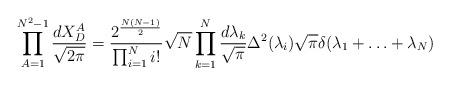
LaTeX: \begin{align*}\prod_{A=1}^{N^2-1} \frac{d X^A_D}{\sqrt{2 \pi}}=\frac{2^{\frac{N(N-1)}{2}}}{\prod_{i=1}^{N} i!} \sqrt{N}\prod_{k=1}^{N} \frac{d \lambda_k}{\sqrt{\pi}} \Delta^2(\lambda_i)\sqrt{\pi} \delta(\lambda_1+ \ldots + \lambda_N)\end{align*}